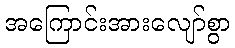
အကြောင်းအားလျော်စွာ